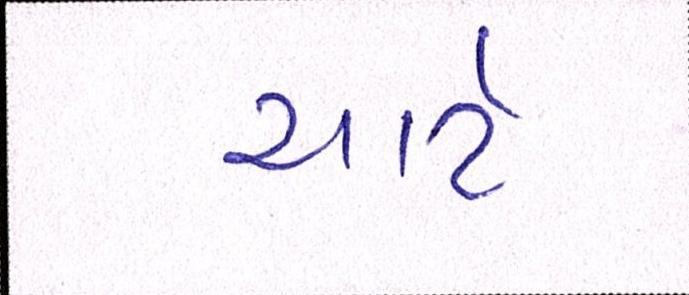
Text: ચાર્ટ